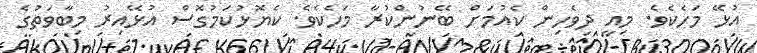
އުޅޭ މަހެކެވެ. މިއީ ދިވެހިން ކެއުމަށް ބޭނުންކުރާ މަހެކެވެ. ކެޔޮޅުކަމުގޮސް އުޅޭއިރު މިބާވަތުގެ